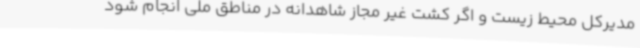
مدیرکل محیط زیست و اگر کشت غیر مجاز شاهدانه در مناطق ملی انجام شود